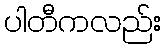
ပါတီကလည်း